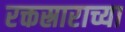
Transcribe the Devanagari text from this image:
रक्तस्राराच्या